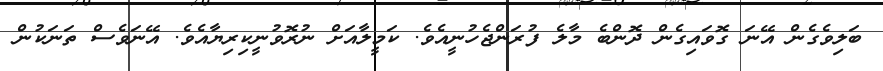
ބަލިވެގެން އޭނަ ގޮވައިގެން ދޮންބެ މާލެ ފުރަންޖެހުނީއެވެ. ކަމީލާއަށް ނުރޮވުނީކިރިޔާއެވެ. އޭނަވެސް ތަނަކުން